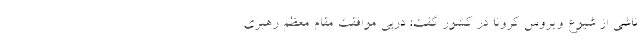
ناشی از شیوع ویروس کرونا در کشور گفت: درپی موافقت مقام معظم رهبری